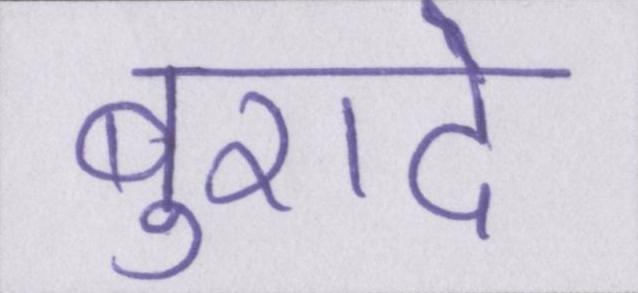
बुरादे